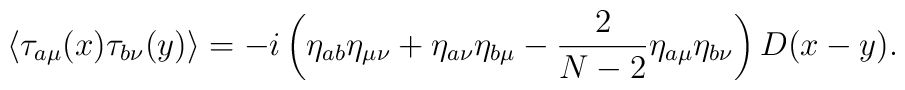
\langle\tau_{a\mu}(x)\tau_{b\nu}(y)\rangle=-i\left(\eta_{ab}\eta_{\mu\nu}+\eta_{a\nu}\eta_{b\mu}-\frac{2}{N-2}\eta_{a\mu}\eta_{b\nu}\right)D(x-y).